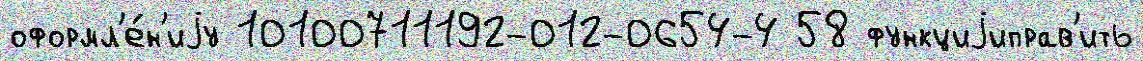
оформл'е́н'иjу 10100711192-012-0654-4 58 функциjиправ'ить